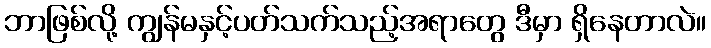
ဘာဖြစ်လို့ ကျွန်မနှင့်ပတ်သက်သည့်အရာတွေ ဒီမှာ ရှိနေတာလဲ။